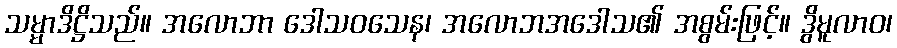
သမ္မာဒိဋ္ဌိသည်။ အလောဘာ ဒေါသဝသေန၊ အလောဘအဒေါသ၏ အစွမ်းဖြင့်။ ဒွိမူလာဝ၊